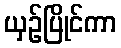
ယှဉ်ပြိုင်ကာ